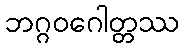
ဘဂ္ဂဝဂေါတ္တဿ